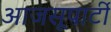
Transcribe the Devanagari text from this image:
आजसूपार्टी